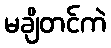
မချိတင်ကဲ